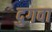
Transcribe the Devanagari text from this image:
दुगवा